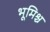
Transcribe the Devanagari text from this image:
भूमिश्च